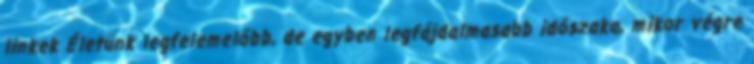
linkek Életünk legfelemelőbb, de egyben legfájdalmasabb időszaka, mikor végre